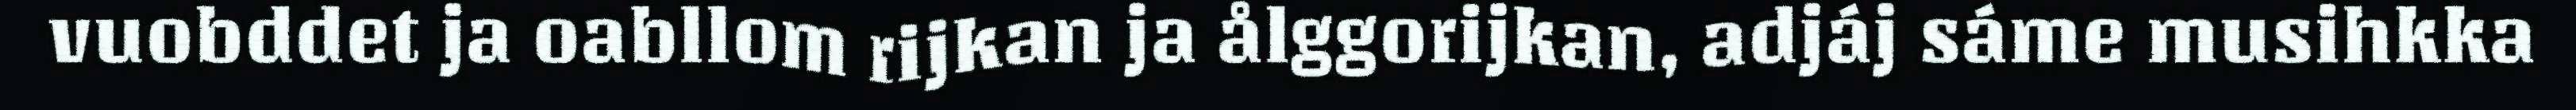
vuobddet ja oabllom rijkan ja ålggorijkan, adjáj sáme musihkka